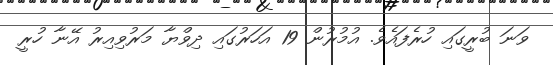
ވަނަ ބުރީގައި ހުރެފައެވެ. އުމުރުން 19 އަހަރުގައި ދިވްޔާ މަރުވިއިރު އޭނާ ހުރީ